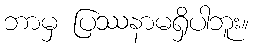
ဘာမှ ပြဿနာမရှိပါဘူး။